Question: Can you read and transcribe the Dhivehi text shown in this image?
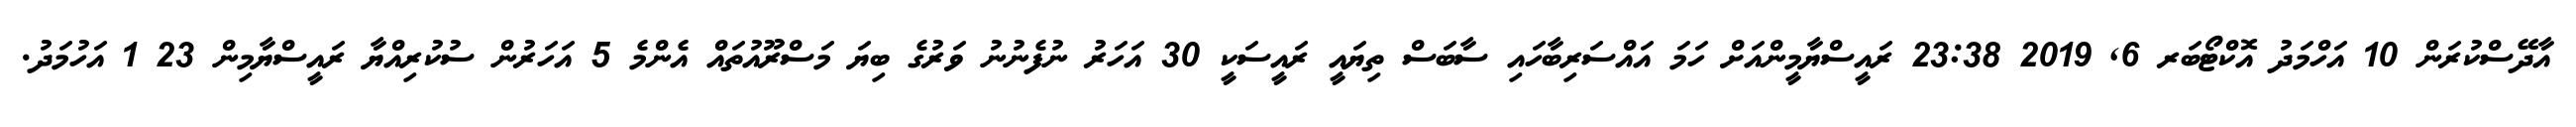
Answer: އާދޭސްކުރަން 10 އަހްމަދު އޮކްޓޯބަރ 6, 2019 23:38 ރައީސްޔާމީންއަށް ހަމަ އައްސަރިބާހައި ސާބަސް ތިޔައީ ރައީސަކީ 30 އަހަރު ނުފެނުނު ވަރުގެ ބިޔަ މަސްރޫއުތައް އެންމެ 5 އަހަރުން ސުކުރިއްޔާ ރައީސްޔާމިން 23 1 އަހުމަދު.